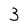
Character: 3